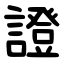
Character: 證